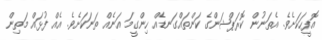
އޮފީހަކަށެވެ. އެތަނުން ކޮރަޕްޝަންގެ ކަންތައްގަނޑެއް ހިންގީމަ އަނެއް ތަނަކަށެވެ. އެއް ފުޅައް މަތިން